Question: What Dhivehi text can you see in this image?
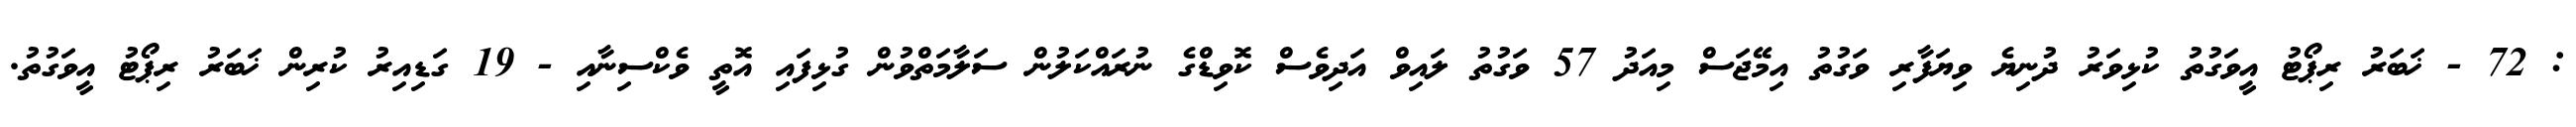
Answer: : 72 - ޚަބަރު ރިޕޯޓު އީވަގުތު ކުޅިވަރު ދުނިޔެ ވިޔަފާރި ވަގުތު އިމޭޖަސް މިއަދު 57 ވަގުތު ލައިވް އަދިވެސް ކޮވިޑްގެ ނުރައްކަލުން ސަލާމަތްވުން ގުޅިފައި އޮތީ ވެކްސިނާއި - 19 ގަޑިއިރު ކުރިން ޚަބަރު ރިޕޯޓު އީވަގުތު.